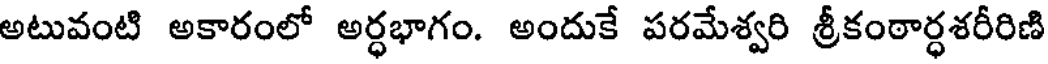
అటువంటి అకారంలో అర్ధభాగం. అందుకే పరమేశ్వరి శ్రీకంఠార్ధశరీరిణి